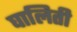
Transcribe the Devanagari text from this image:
घालिती